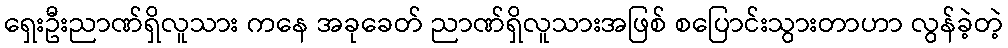
ရှေးဦးညာဏ်ရှိလူသား ကနေ အခုခေတ် ညာဏ်ရှိလူသားအဖြစ် စပြောင်းသွားတာဟာ လွန်ခဲ့တဲ့